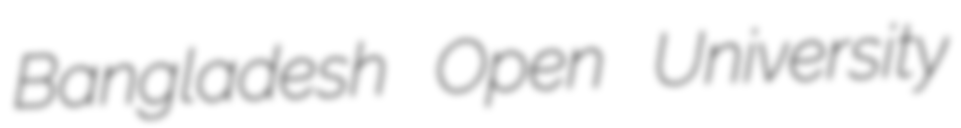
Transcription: Bangladesh Open University